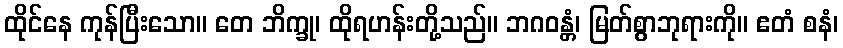
ထိုင်နေ ကုန်ပြီးသော။ တေ ဘိက္ခု၊ ထိုရဟန်းတို့သည်။ ဘဂဝန္တံ၊ မြတ်စွာဘုရားကို။ ဧတံ စနံ၊